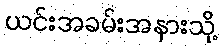
ယင်းအခမ်းအနားသို့